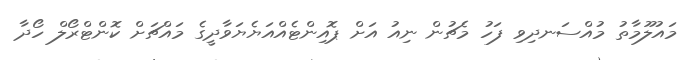
މައުލޫމާތު މުއްސަނދިވި ފަހު މެޗުން ނިއު އަށް ޕޮއިންޓެއްއަޔެޔަވާދީގެ މައްޗަށް ކޮންޓްރޯލް ހޯދާ